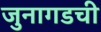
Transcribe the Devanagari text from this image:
जुनागडची